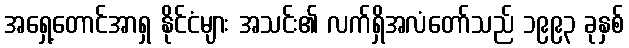
အရှေ့တောင်အာရှ နိုင်ငံများ အသင်း၏ လက်ရှိအလံတော်သည် ၁၉၉၃ ခုနှစ်